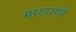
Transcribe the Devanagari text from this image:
मारहाणी